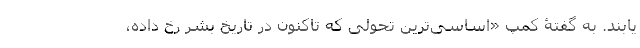
یابند. به گفتۀ کِمپ «اساسی‌ترین تحولی که تاکنون در تاریخ بشر رخ داده،